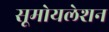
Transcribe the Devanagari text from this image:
सूमोयलेशन